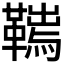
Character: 𩌮